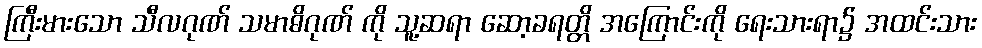
ကြီးမားသော သီလဂုဏ် သမာဓိဂုဏ် ကို သူ့ဆရာ ဆော့ခရတ္တိ အကြောင်းကို ရေးသားရာ၌ အထင်းသား